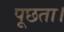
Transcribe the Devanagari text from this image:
पूछता।